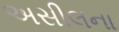
અસીલના